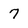
Character: 7